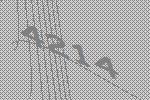
4214